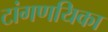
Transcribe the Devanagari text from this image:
टांगणयिका